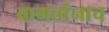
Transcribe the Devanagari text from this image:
वागतांनाच